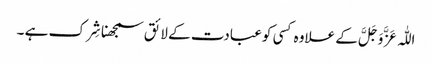
اللّٰہ عَزَّ وَجَلَّ کے علاوہ کسی کو عبادت کے لائق سمجھنا شِرک ہے ۔